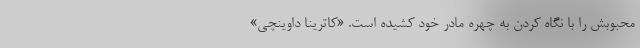
محبوبش را با نگاه کردن به چهره مادر خود کشیده است. «کاترینا داوینچی»